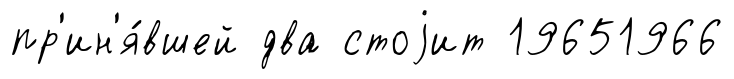
пр'ин'я́вшей два стоjит 19651966